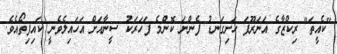
"ކެއީތަ" ރިކްޒާގެ އަނަރޫފަ ހަށިގަނޑު ފެންނަ ކޮންމެ ފަހަރަކު ސީނާއަށް އަހައިލެވެނީ ކައިފިތޯއެވެ.